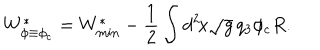
W _ { \phi \equiv \phi _ { \mathrm { c } } } ^ { * } = W _ { \mathrm { m i n } } ^ { * } - \frac { 1 } { 2 } \int d ^ { 2 } \! x \sqrt { g } \, q _ { 3 } \phi _ { \mathrm { c } } R .